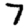
Digit: 7